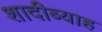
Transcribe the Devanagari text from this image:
शादीब्याह